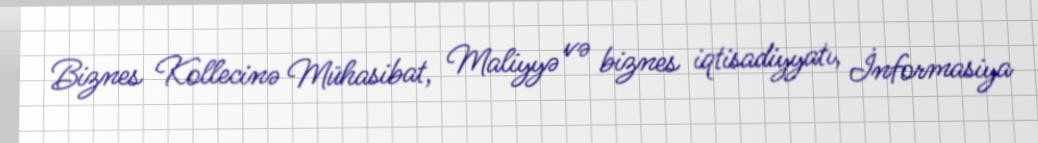
Biznes Kollecinə Mühasibat, Maliyyə və biznes iqtisadiyyatı, İnformasiya